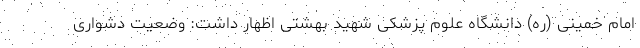
امام خمینی (ره) دانشگاه علوم پزشکی شهید بهشتی اظهار داشت: وضعیت دشواری